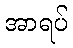
အာရပ်